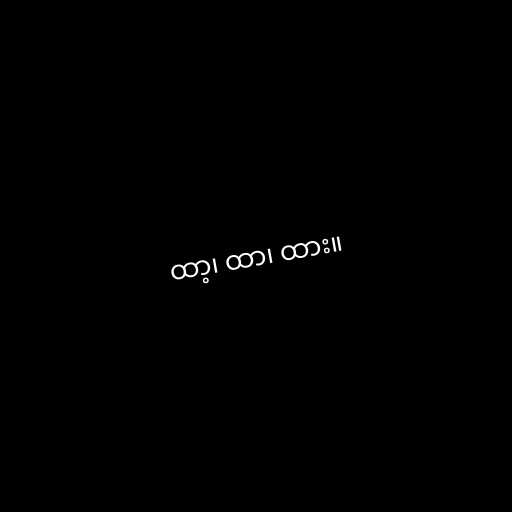
ထာ့၊ ထာ၊ ထား။